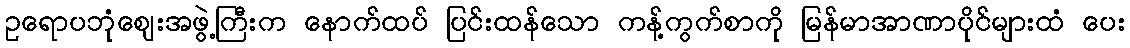
ဥရောပဘုံဈေးအဖွဲ့ကြီးက နောက်ထပ် ပြင်းထန်သော ကန့်ကွက်စာကို မြန်မာအာဏာပိုင်များထံ ပေး